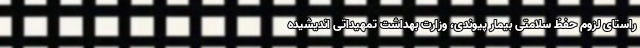
راستای لزوم حفظ سلامتی بیمار پیوندی، وزارت بهداشت تمهیداتی اندیشیده